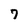
Character: 7